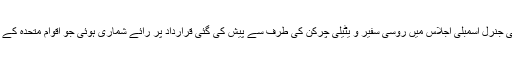
7اپریل2011کو اقوام متحدہ کی جنرل اسمبلی اجلاس میں روسی سفیر و یٹیلی چرکن کی طرف سے پیش کی گئی قرارداد پر رائے شماری ہوئی جو اقوام متحدہ کے تمام رکن ممالک نے حصہ لیا۔